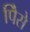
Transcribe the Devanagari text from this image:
पैिसे